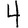
Digit: 4